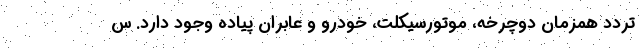
تردد همزمان دوچرخه، موتورسیکلت، خودرو و عابران پیاده وجود دارد. س